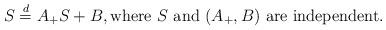
LaTeX: \begin{align*}S\stackrel{d}{=}A_+S+B,\mbox{where}\ S\mbox{ and }(A_+,B)\mbox{ are independent}.\end{align*}